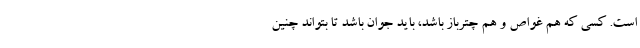
است. کسی که هم غواص و هم چترباز باشد، باید جوان باشد تا بتواند چنین